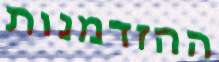
ההזדמנות